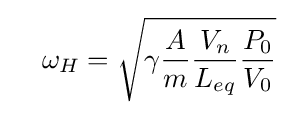
\quad \omega _{H}={\sqrt {\gamma {\frac {A}{m}}{\frac {V_{n}}{L_{eq}}}{\frac {P_{0}}{V_{0}}}}}